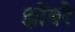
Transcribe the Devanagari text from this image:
झोंबरे